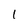
Character: 1